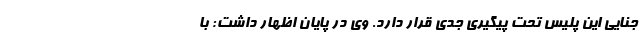
جنایی این پلیس تحت پیگیری جدی قرار دارد. وی در پایان اظهار داشت: با